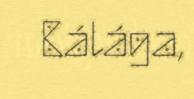
Bálága,